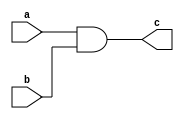
module and_1_bit (a,b,c);

input a,b;
output c;

and and1(c,a,b);

endmodule